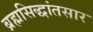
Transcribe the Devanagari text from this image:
ब्रह्मसिद्धांतसार